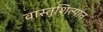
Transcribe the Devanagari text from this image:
वास्तुशिल्पांत